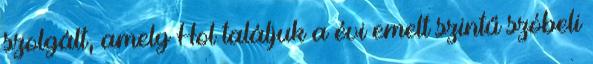
szolgált, amely Hol találjuk a évi emelt szintű szóbeli